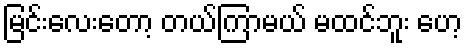
မြင်းလေးတော့ တယ်ကြာမယ် မထင်ဘူး ဟေ့